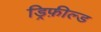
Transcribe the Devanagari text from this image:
ड्रिफ़ील्ड